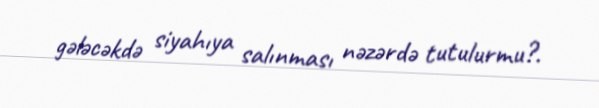
gələcəkdə siyahıya salınması nəzərdə tutulurmu?.